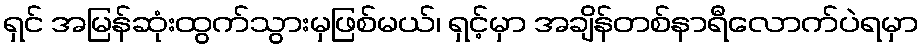
ရှင် အမြန်ဆုံးထွက်သွားမှဖြစ်မယ်၊ ရှင့်မှာ အချိန်တစ်နာရီလောက်ပဲရမှာ